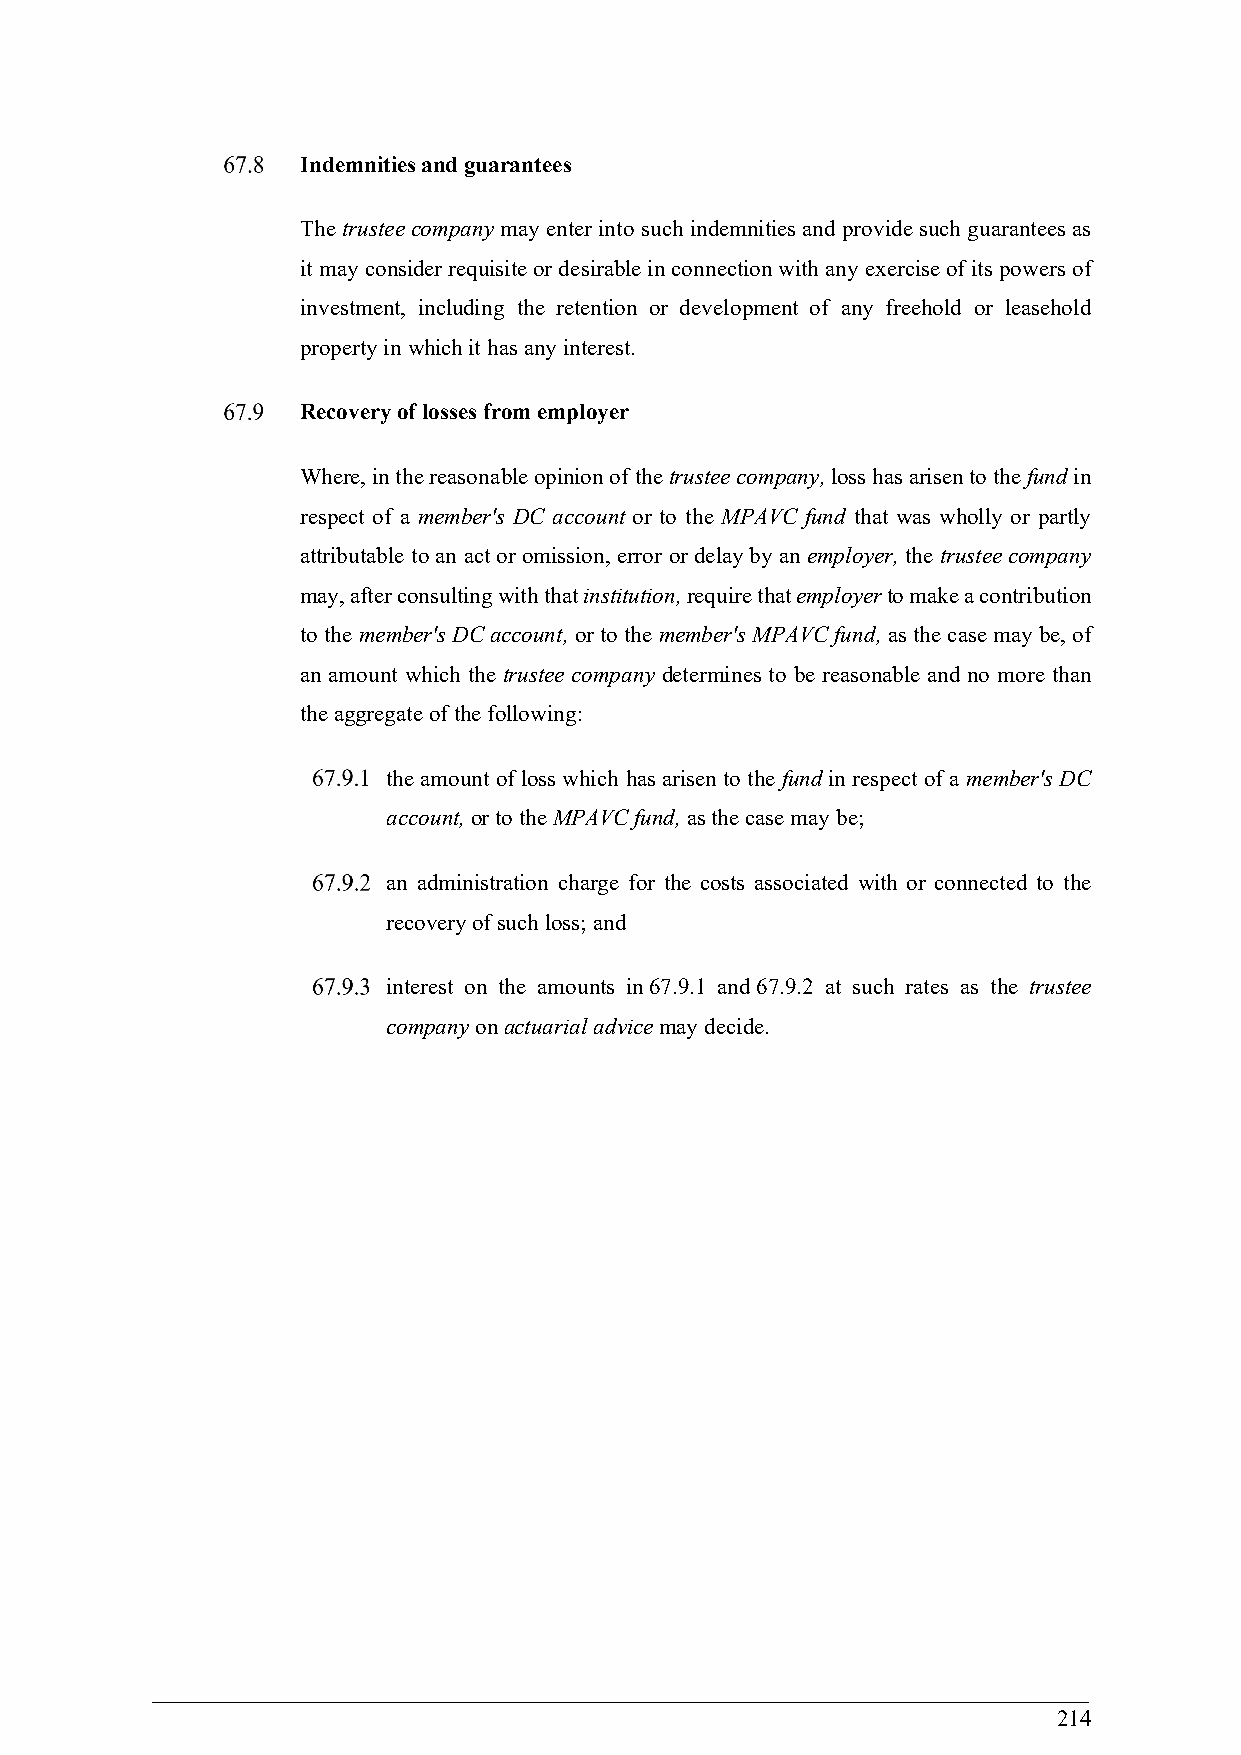
Indemnities and guarantees
 The trustee company may enter into such indemnities and provide such guarantees as
 it may consider requisite or desirable in connection with any exercise of its powers of
 investment, including the retention or development of any freehold or leasehold
 property in which it has any interest.
 Recovery of losses from employer
 Where, in the reasonable opinion of the trustee company, loss has arisen to the fund in
 respect of a member's DC account or to the MPAVC fund that was wholly or partly
 attributable to an act or omission, error or delay by an employer, the trustee company
 may, after consulting with that institution, require that employer to make a contribution
 to the member's DC account, or to the member's MPAVC fund, as the case may be, of
 an amount which the trustee company determines to be reasonable and no more than
 the aggregate of the following:
 the amount of loss which has arisen to the fund in respect of a member's DC
 account, or to the MPAVC fund, as the case may be;
 an administration charge for the costs associated with or connected to the
 recovery of such loss; and
 interest on the amounts in 67.9.1 and 67.9.2 at such rates as the trustee
 company on actuarial advice may decide.
 214